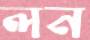
লন